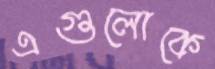
এগুলোকে